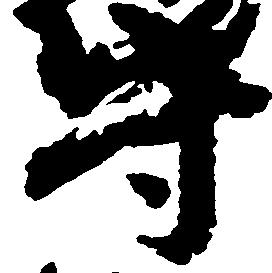
守